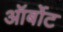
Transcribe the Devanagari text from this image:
ऑर्बोट